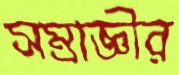
সম্রাজ্ঞীর